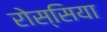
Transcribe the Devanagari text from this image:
रोस्सिया